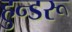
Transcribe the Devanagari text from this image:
हुन्डरू